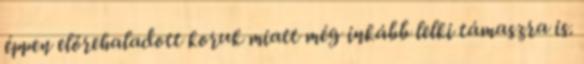
éppen előrehaladott koruk miatt még inkább lelki támaszra is.